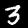
Digit: 3